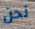
نحن